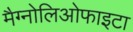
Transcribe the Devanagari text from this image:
मैग्नोलिओफाइटा